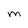
Character: M